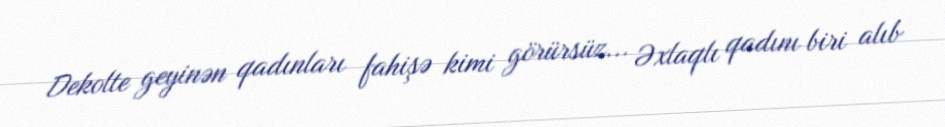
Dekolte geyinən qadınları fahişə kimi görürsüz... Əxlaqlı qadını biri alıb